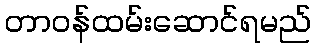
တာဝန်ထမ်းဆောင်ရမည်